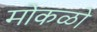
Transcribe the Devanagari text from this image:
मोकळो